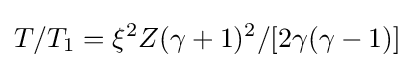
T/T_{1}=\xi ^{2}Z(\gamma +1)^{2}/[2\gamma (\gamma -1)]